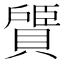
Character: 𫎠